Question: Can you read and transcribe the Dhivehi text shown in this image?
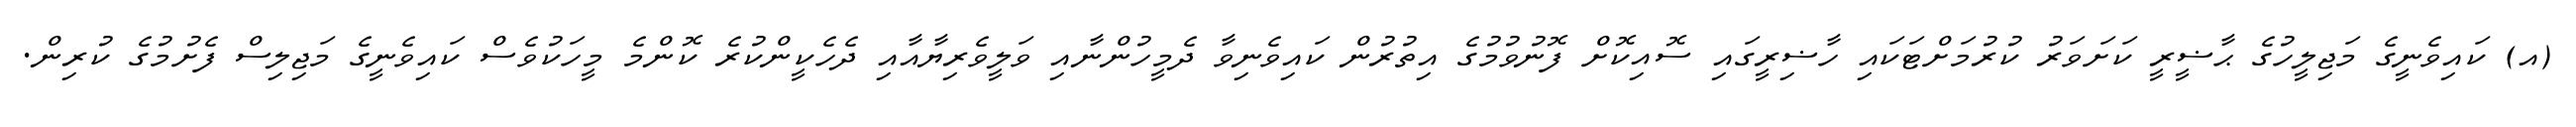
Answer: (އ) ކައިވެނީގެ މަޖިލީހުގެ ޙާޟީރީ ކަށަވަރު ކުރުމަށްޓަކައި ހާޟިރީގައި ސޮއިކޮށް ފޮނުވުމުގެ އިތުރުން ކައިވެނިވާ ދެމީހުންނާއި ވަލީވެރިޔާއާއި ދެހެކީންކުރެ ކޮންމެ މީހަކުވެސް ކައިވެނީގެ މަޖިލިސް ފެށުމުގެ ކުރިން.